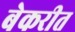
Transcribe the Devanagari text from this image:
बेकरीत